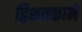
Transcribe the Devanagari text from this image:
द्विशतकाने